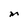
Character: M